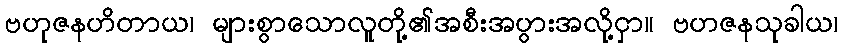
ဗဟုဇနဟိတာယ၊ များစွာသောလူတို့၏အစီးအပွားအလို့ငှာ။ ဗဟဇနသုခါယ၊